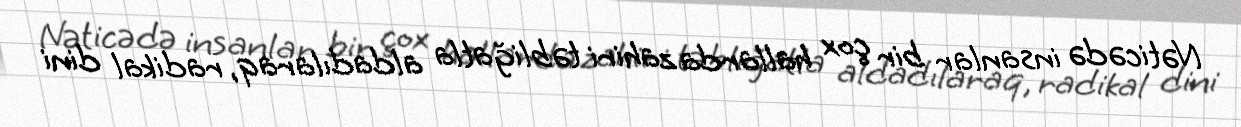
Nəticədə insanlar bir çox hallarda zahiri təbliğatla aldadılaraq, radikal dini